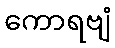
ကောရဗျံ